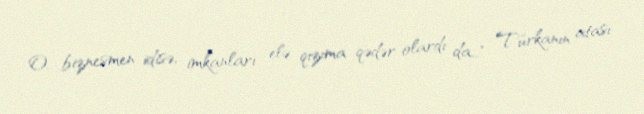
O, biznesmen idisə, imkanları elə qızıma qədər olardı da…" Türkanın atası